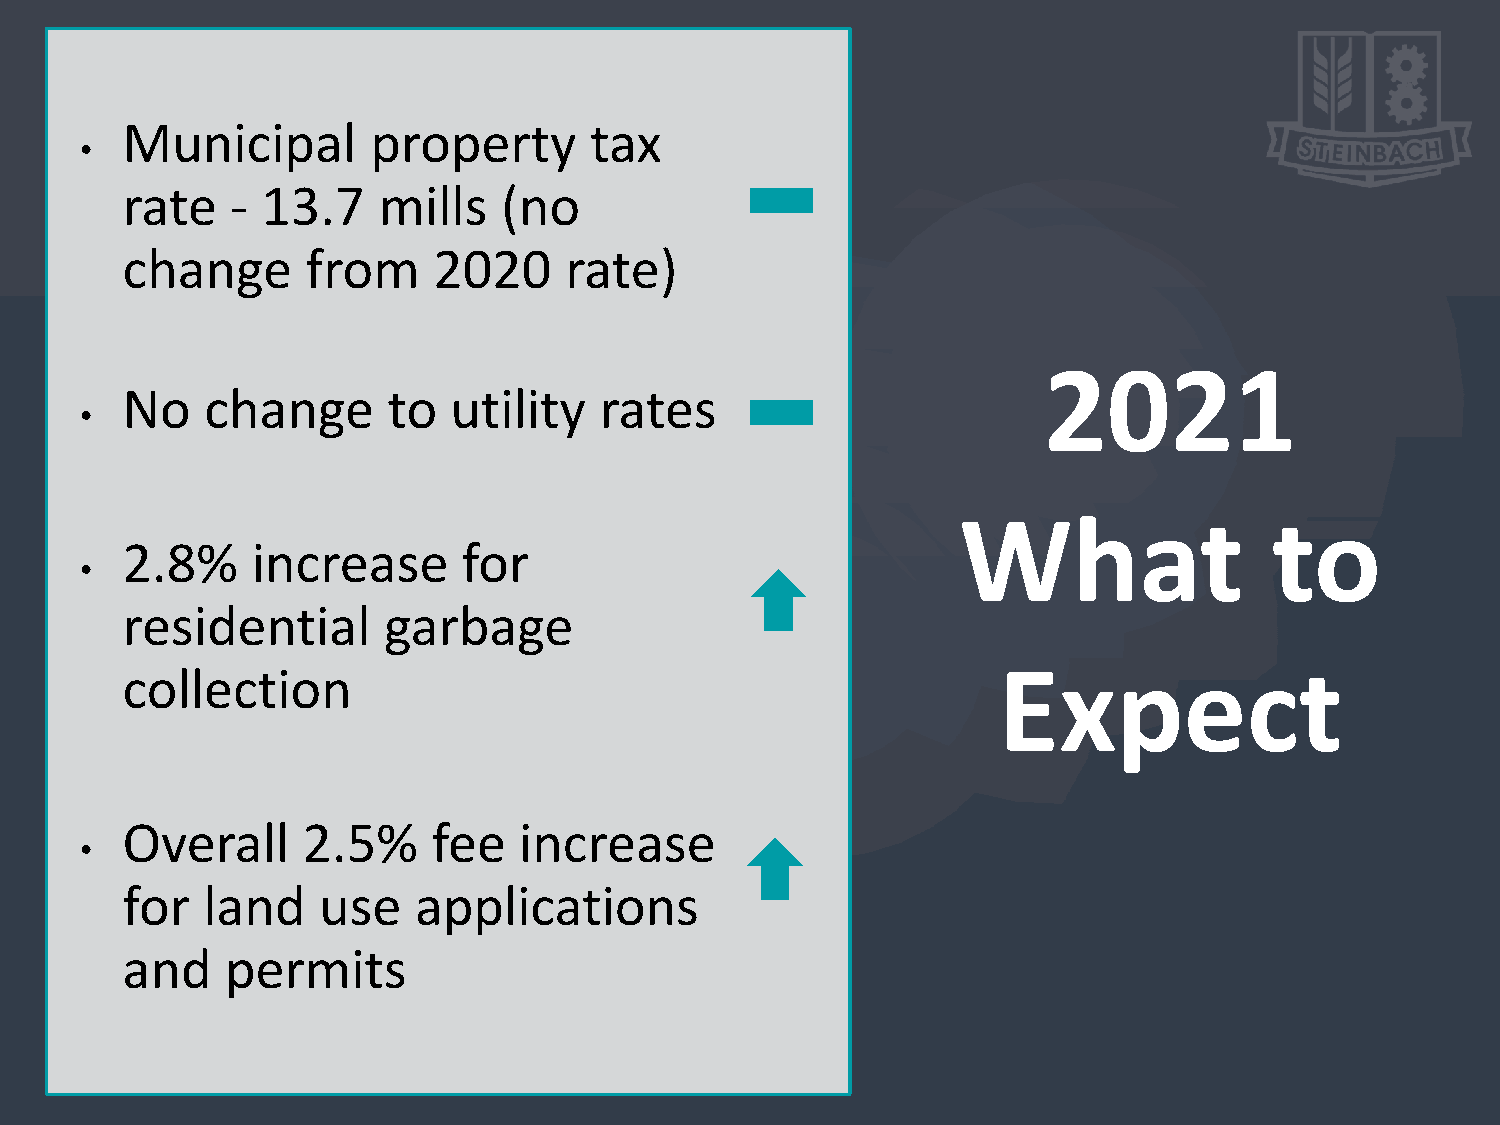
Municipal        property      tax
 •
 rate   - 13.7    mills   (no
 change      from     2020    rate)
 2021
 No    change      to  utility   rates
 •
 What                to
 2.8%     increase      for
 •
 residential      garbage
 collection                                                Expect
 Overall     2.5%     fee  increase
 •
 for  land    use   applications
 and    permits